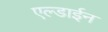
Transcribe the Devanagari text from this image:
एल्डाईन